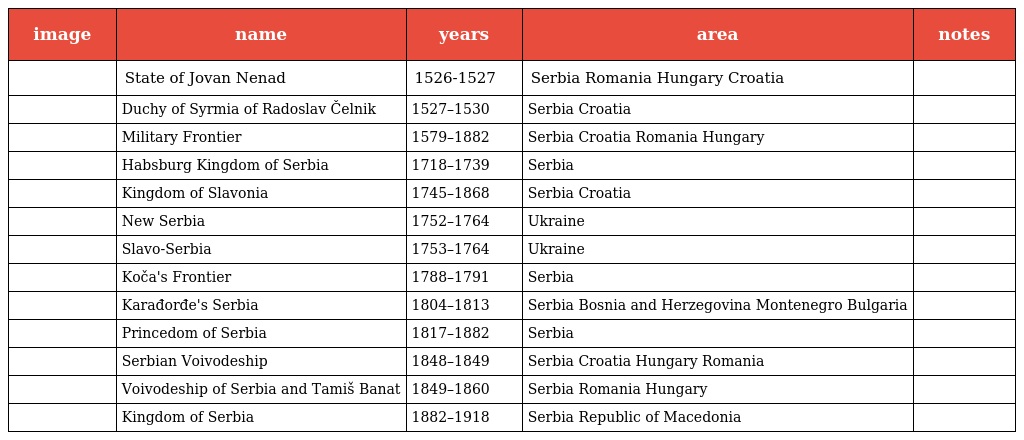
| image | name | years | area | notes |
 | --- | --- | --- | --- | --- |
 |  | State of Jovan Nenad | 1526-1527 | Serbia Romania Hungary Croatia |  |
 |  | Duchy of Syrmia of Radoslav Čelnik | 1527–1530 | Serbia Croatia |  |
 |  | Military Frontier | 1579–1882 | Serbia Croatia Romania Hungary |  |
 |  | Habsburg Kingdom of Serbia | 1718–1739 | Serbia |  |
 |  | Kingdom of Slavonia | 1745–1868 | Serbia Croatia |  |
 |  | New Serbia | 1752–1764 | Ukraine |  |
 |  | Slavo-Serbia | 1753–1764 | Ukraine |  |
 |  | Koča's Frontier | 1788–1791 | Serbia |  |
 |  | Karađorđe's Serbia | 1804–1813 | Serbia Bosnia and Herzegovina Montenegro Bulgaria |  |
 |  | Princedom of Serbia | 1817–1882 | Serbia |  |
 |  | Serbian Voivodeship | 1848–1849 | Serbia Croatia Hungary Romania |  |
 |  | Voivodeship of Serbia and Tamiš Banat | 1849–1860 | Serbia Romania Hungary |  |
 |  | Kingdom of Serbia | 1882–1918 | Serbia Republic of Macedonia |  |